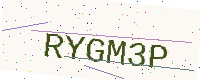
Text: RYGM3P